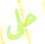
على